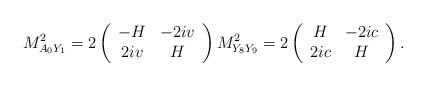
LaTeX: \begin{align*}M^2_{A_0Y_1}=2\left(\begin{array}{cc}-H& -2i v \\ 2i v & H\end{array}\right)M^2_{Y_8Y_9}=2\left(\begin{array}{cc}H& -2 ic\\ 2 ic & H\end{array}\right).\end{align*}